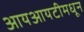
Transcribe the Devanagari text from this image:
आयआयटीमधून